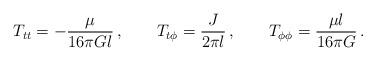
LaTeX: \begin{align*}T_{tt} = -\frac{\mu}{16\pi Gl}\,, \qquad T_{t\phi} = \frac{J}{2\pi l}\,,\qquad T_{\phi\phi} = \frac{\mu l}{16\pi G}\,. \end{align*}